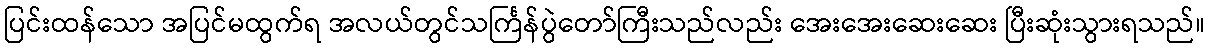
ပြင်းထန်သော အပြင်မထွက်ရ အလယ်တွင်သင်္ကြန်ပွဲတော်ကြီးသည်လည်း အေးအေးဆေးဆေး ပြီးဆုံးသွားရသည်။